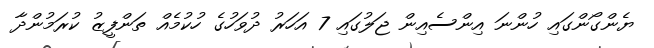
ޔެންގޯންގައި ހުންނަ އިންސެއިން ޖަލުގައި 7 އަހަރު ދުވަހުގެ ހުކުމެއް ތަންފީޒު ކުރަމުންދާ